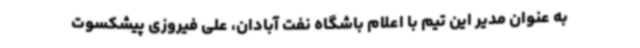
به عنوان مدیر این تیم با اعلام باشگاه نفت آبادان، علی فیروزی پیشکسوت